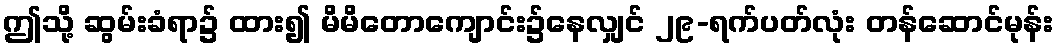
ဤသို့ ဆွမ်းခံရာ၌ ထား၍ မိမိတောကျောင်း၌နေလျှင် ၂၉-ရက်ပတ်လုံး တန်ဆောင်မုန်း